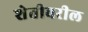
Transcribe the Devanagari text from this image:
शेतीवरील